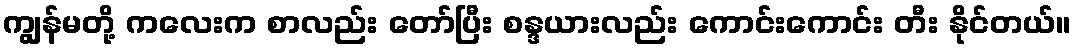
ကျွန်မတို့ ကလေးက စာလည်း တော်ပြီး စန္ဒယားလည်း ကောင်းကောင်း တီး နိုင်တယ်။